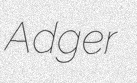
Adger